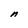
Character: n